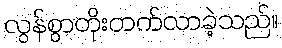
လွန်စွာတိုးတက်လာခဲ့သည်။